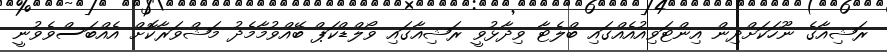
ރަޝިއާގެ ނޫހަކަށްދިން އިންޓަވިއުއެއްގައި ބްލެޓާ ވިދާޅުވީ ރަޝިއާގައި ވޯލްޑްކަޕް ބޭއްވުމާމެދު މަޝްވަރާކޮށް އެއްބަސްވެވުނީ